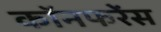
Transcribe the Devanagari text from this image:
कॉनफरेंस